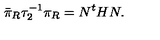
\bar { \pi } _ { R } \tau _ { 2 } ^ { - 1 } \pi _ { R } = N ^ { t } H N .